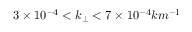
3 \times 1 0 ^ { - 4 } < k _ { \perp } < 7 \times 1 0 ^ { - 4 } k m ^ { - 1 }